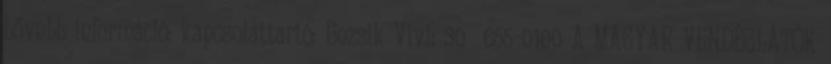
bővebb információ: kapcsolattartó: Bozsik Vivi: 30 655-0100 A MAGYAR VENDÉGLÁTÓK